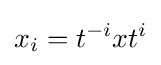
x_{i}=t^{-i}xt^{i}